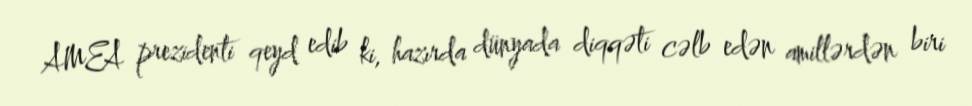
AMEA prezidenti qeyd edib ki, hazırda dünyada diqqəti cəlb edən amillərdən biri